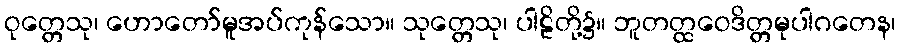
ဝုတ္တေသု၊ ဟောတော်မူအပ်ကုန်သော။ သုတ္တေသု၊ ပါဠိတို့၌။ ဘူတတ္ထဝေဒိတ္တမုပါဂတေန၊